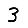
Digit: 3